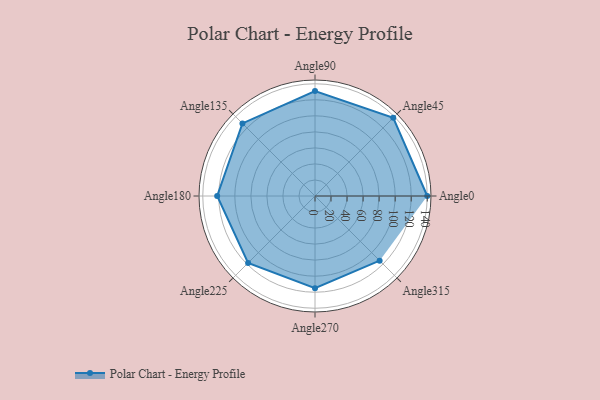
{"axis": {"x": "Angle", "y": "Radius"}, "legend": [""], "data": [{"x": "Angle0", "y": 140.0, "type": ""}, {"x": "Angle45", "y": 138.0, "type": ""}, {"x": "Angle90", "y": 131.0, "type": ""}, {"x": "Angle135", "y": 128.0, "type": ""}, {"x": "Angle180", "y": 122.0, "type": ""}, {"x": "Angle225", "y": 118.0, "type": ""}, {"x": "Angle270", "y": 115.0, "type": ""}, {"x": "Angle315", "y": 114.0, "type": ""}]}